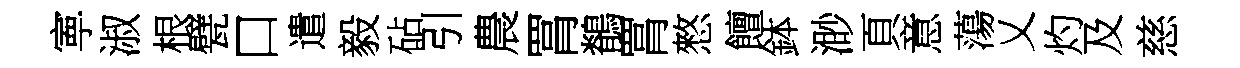
寕淑根甓口遣毅砧引農罥鶺罥憗饘鉢渺頁意蕩乂灼及慈